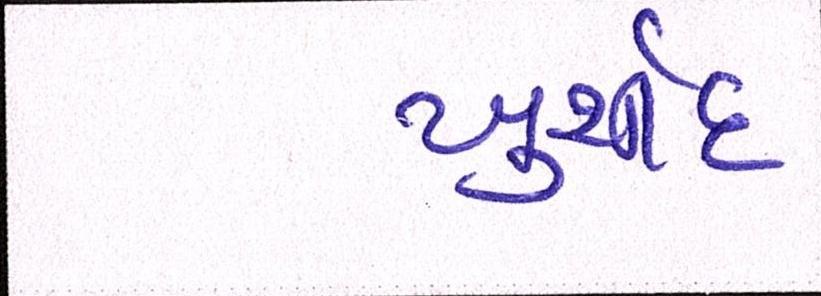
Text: ખુર્શીદ